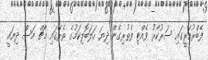
ފެބްރުއަރީގައި ސަރުކާރު ވެއްޓި ފެތުރިގެން ދިޔަ ހަލަބޮލިކަމުގެ ތެރޭގައި މާޗް މަސް ދިޔައީ